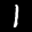
Label: 1